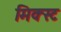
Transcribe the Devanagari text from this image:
मिक्स्ट